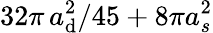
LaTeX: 32\pi\, a_{\mathrm{d}}^{2}/45+8\pi a_{s}^{2}